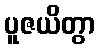
ပူဇယိတွာ